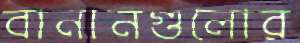
বানানগুলোর